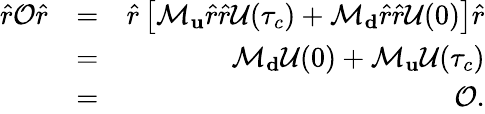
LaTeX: \begin{array}{rlr}{\hat{r}\mathcal{O}\hat{r}}&{=}&{\hat{r}\left[\mathcal{M}_{\mathbf u}\hat{r}\hat{r}\mathcal{U}(\tau_{c})+\mathcal{M}_{\mathbf d}\hat{r}\hat{r}\mathcal{U}(0)\right]\hat{r}}\\ &{=}&{\mathcal{M}_{\mathbf d}\mathcal{U}(0)+\mathcal{M}_{\mathbf u}\mathcal{U}(\tau_{c})}\\ &{=}&{\mathcal{O}.}\end{array}